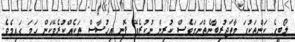
ލޯބީގެ ކަންތަކުގަ މާތަޖުރިބާނެތްނަމަވެސް ކުރިން ނުކުރެވޭ ފޮނި އިހުސާސް ތަކެއްކުރެވޭކަން ހަމަ ގައިމެވެ.